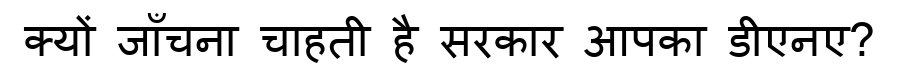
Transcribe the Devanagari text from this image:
क्यों जाँचना चाहती है सरकार आपका डीएनए?